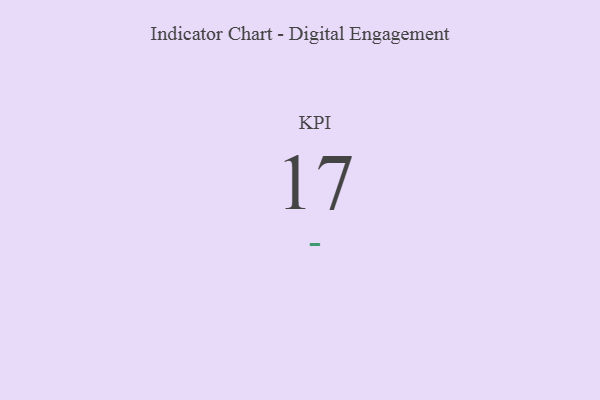
{"axis": {"x": "KPI", "y": "Value"}, "legend": [""], "data": [{"x": "KPI", "y": 17, "type": ""}]}